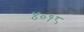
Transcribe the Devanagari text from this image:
४०१८